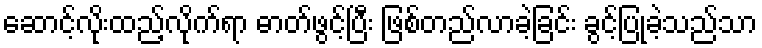
ဆောင့်လိုးထည့်လိုက်ရာ ဓာတ်ဖွင့်ပြီး ဖြစ်တည်လာခဲ့ခြင်း ခွင့်ပြုခဲ့သည်သာ